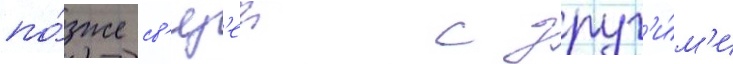
по́зже св'яз'еи с друг'и́м'и